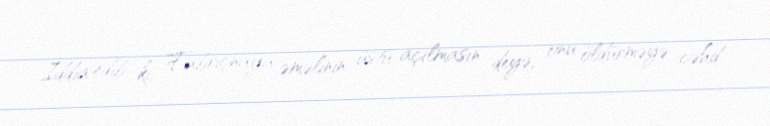
İddia edib ki, Fabriçnaya əməlinin üstü açılmasın deyə, onu öldürməyə cəhd